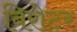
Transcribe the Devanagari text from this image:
बिरोटर